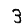
Digit: 3